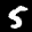
Label: 5